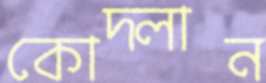
কোদ্‌লান